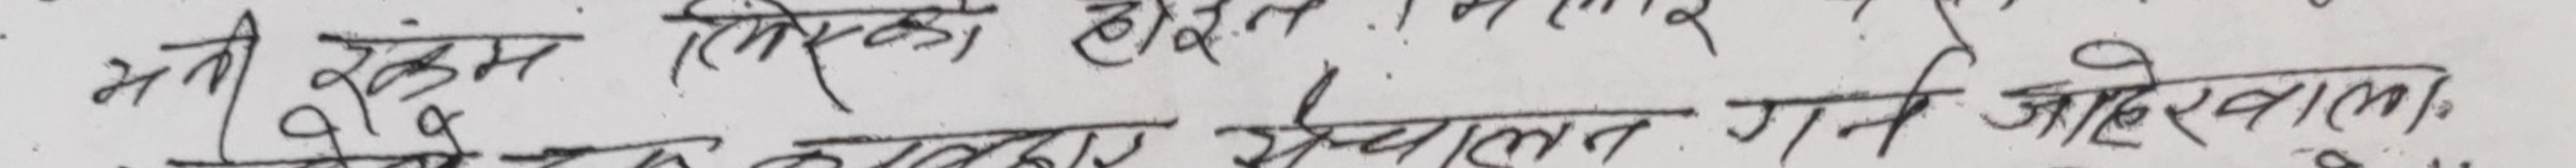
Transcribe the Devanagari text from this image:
भनी रंक्रम लिएका हौलन जार
गर्नका लागीर संचालित गर्ने आदेशवाल।